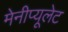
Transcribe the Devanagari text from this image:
मेनीप्यूलेट